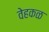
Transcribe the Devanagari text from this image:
वेहकळ